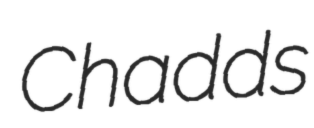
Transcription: Chadds